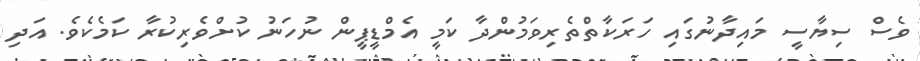
ވެސް ސިޔާސީ މައިދާނުގައި ހަރަކާތްތެރިވަމުންދާ ކަމީ އެމްޑީޕީން ނުހަނު ކުށްވެރިކުރާ ކަމެކެވެ. އަދި